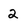
Character: 2